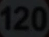
120